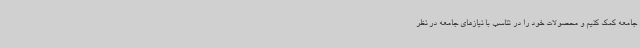
جامعه کمک کنیم و محصولات خود را در تناسب با نیازهای جامعه در نظر